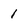
Character: 1